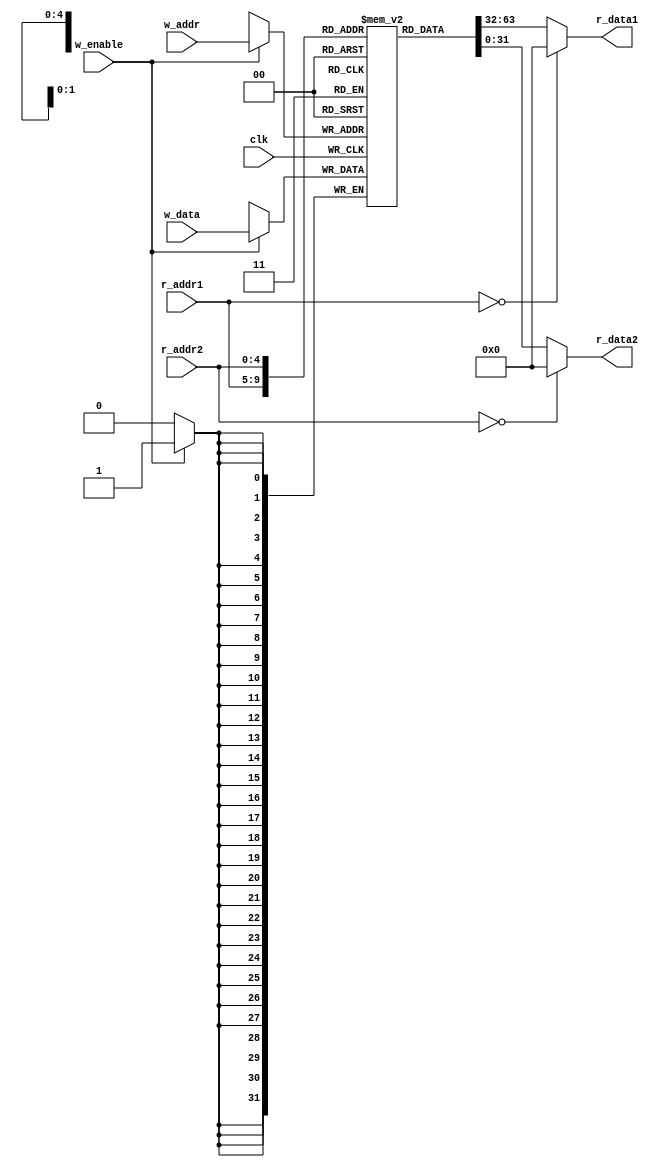
module regfile #
    (
        parameter NUM_REG  = 32,
        parameter ADDR_WIDTH = $clog2(NUM_REG)
    )
    (
        input clk,
        input [ADDR_WIDTH-1:0] r_addr1,
        output [31:0] r_data1,
        input [ADDR_WIDTH-1:0] r_addr2,
        output [31:0] r_data2,
        input w_enable,
        input [ADDR_WIDTH-1:0] w_addr,
        input [31:0] w_data
    );
    reg [31:0] registers[NUM_REG-1:0];
    assign r_data1 = (r_addr1 == {ADDR_WIDTH{1'b0}}) ? 32'b0 : registers[r_addr1];
    assign r_data2 = (r_addr2 == {ADDR_WIDTH{1'b0}}) ? 32'b0 : registers[r_addr2];
    always @(posedge clk) begin
        if (w_enable)
            registers[w_addr] <= w_data;
    end
endmodule